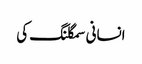
انسانی سمگلنگ کی